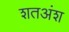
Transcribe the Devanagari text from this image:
शतअंश